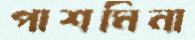
পাশমিনা